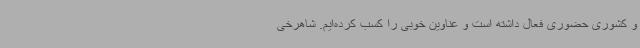
و کشوری حضوری فعال داشته است و عناوین خوبی را کسب کرده‌ایم. شاهرخی